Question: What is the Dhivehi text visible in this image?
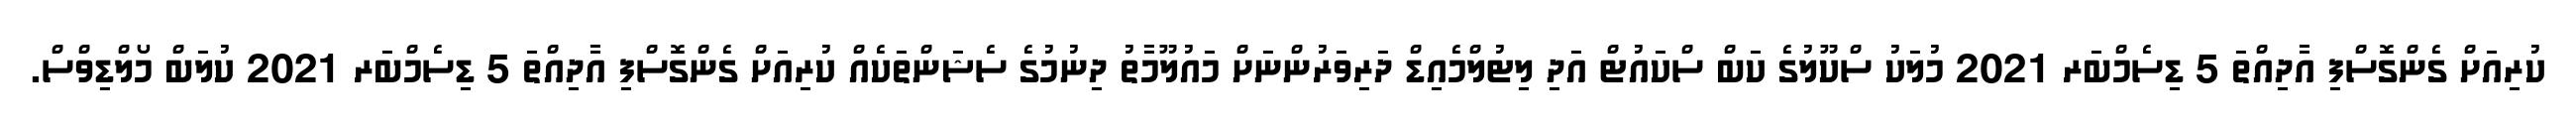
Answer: ކުރިއަށް ގެންގޮސްފި އާދިއްތަ 5 ޑިސެމްބަރ 2021 މުލަކު ސްކޫލުގެ ކަބް ސްކައުޓް އަދި ލިޓުލްމެއިޑް ދަރިވަރުންނަށް މައުލޫމާތު ދިނުމުގެ ސެޝަންތަކެއް ކުރިއަށް ގެންގޮސްފި އާދިއްތަ 5 ޑިސެމްބަރ 2021 ކުލަބް މޯލްޑިވްސް.